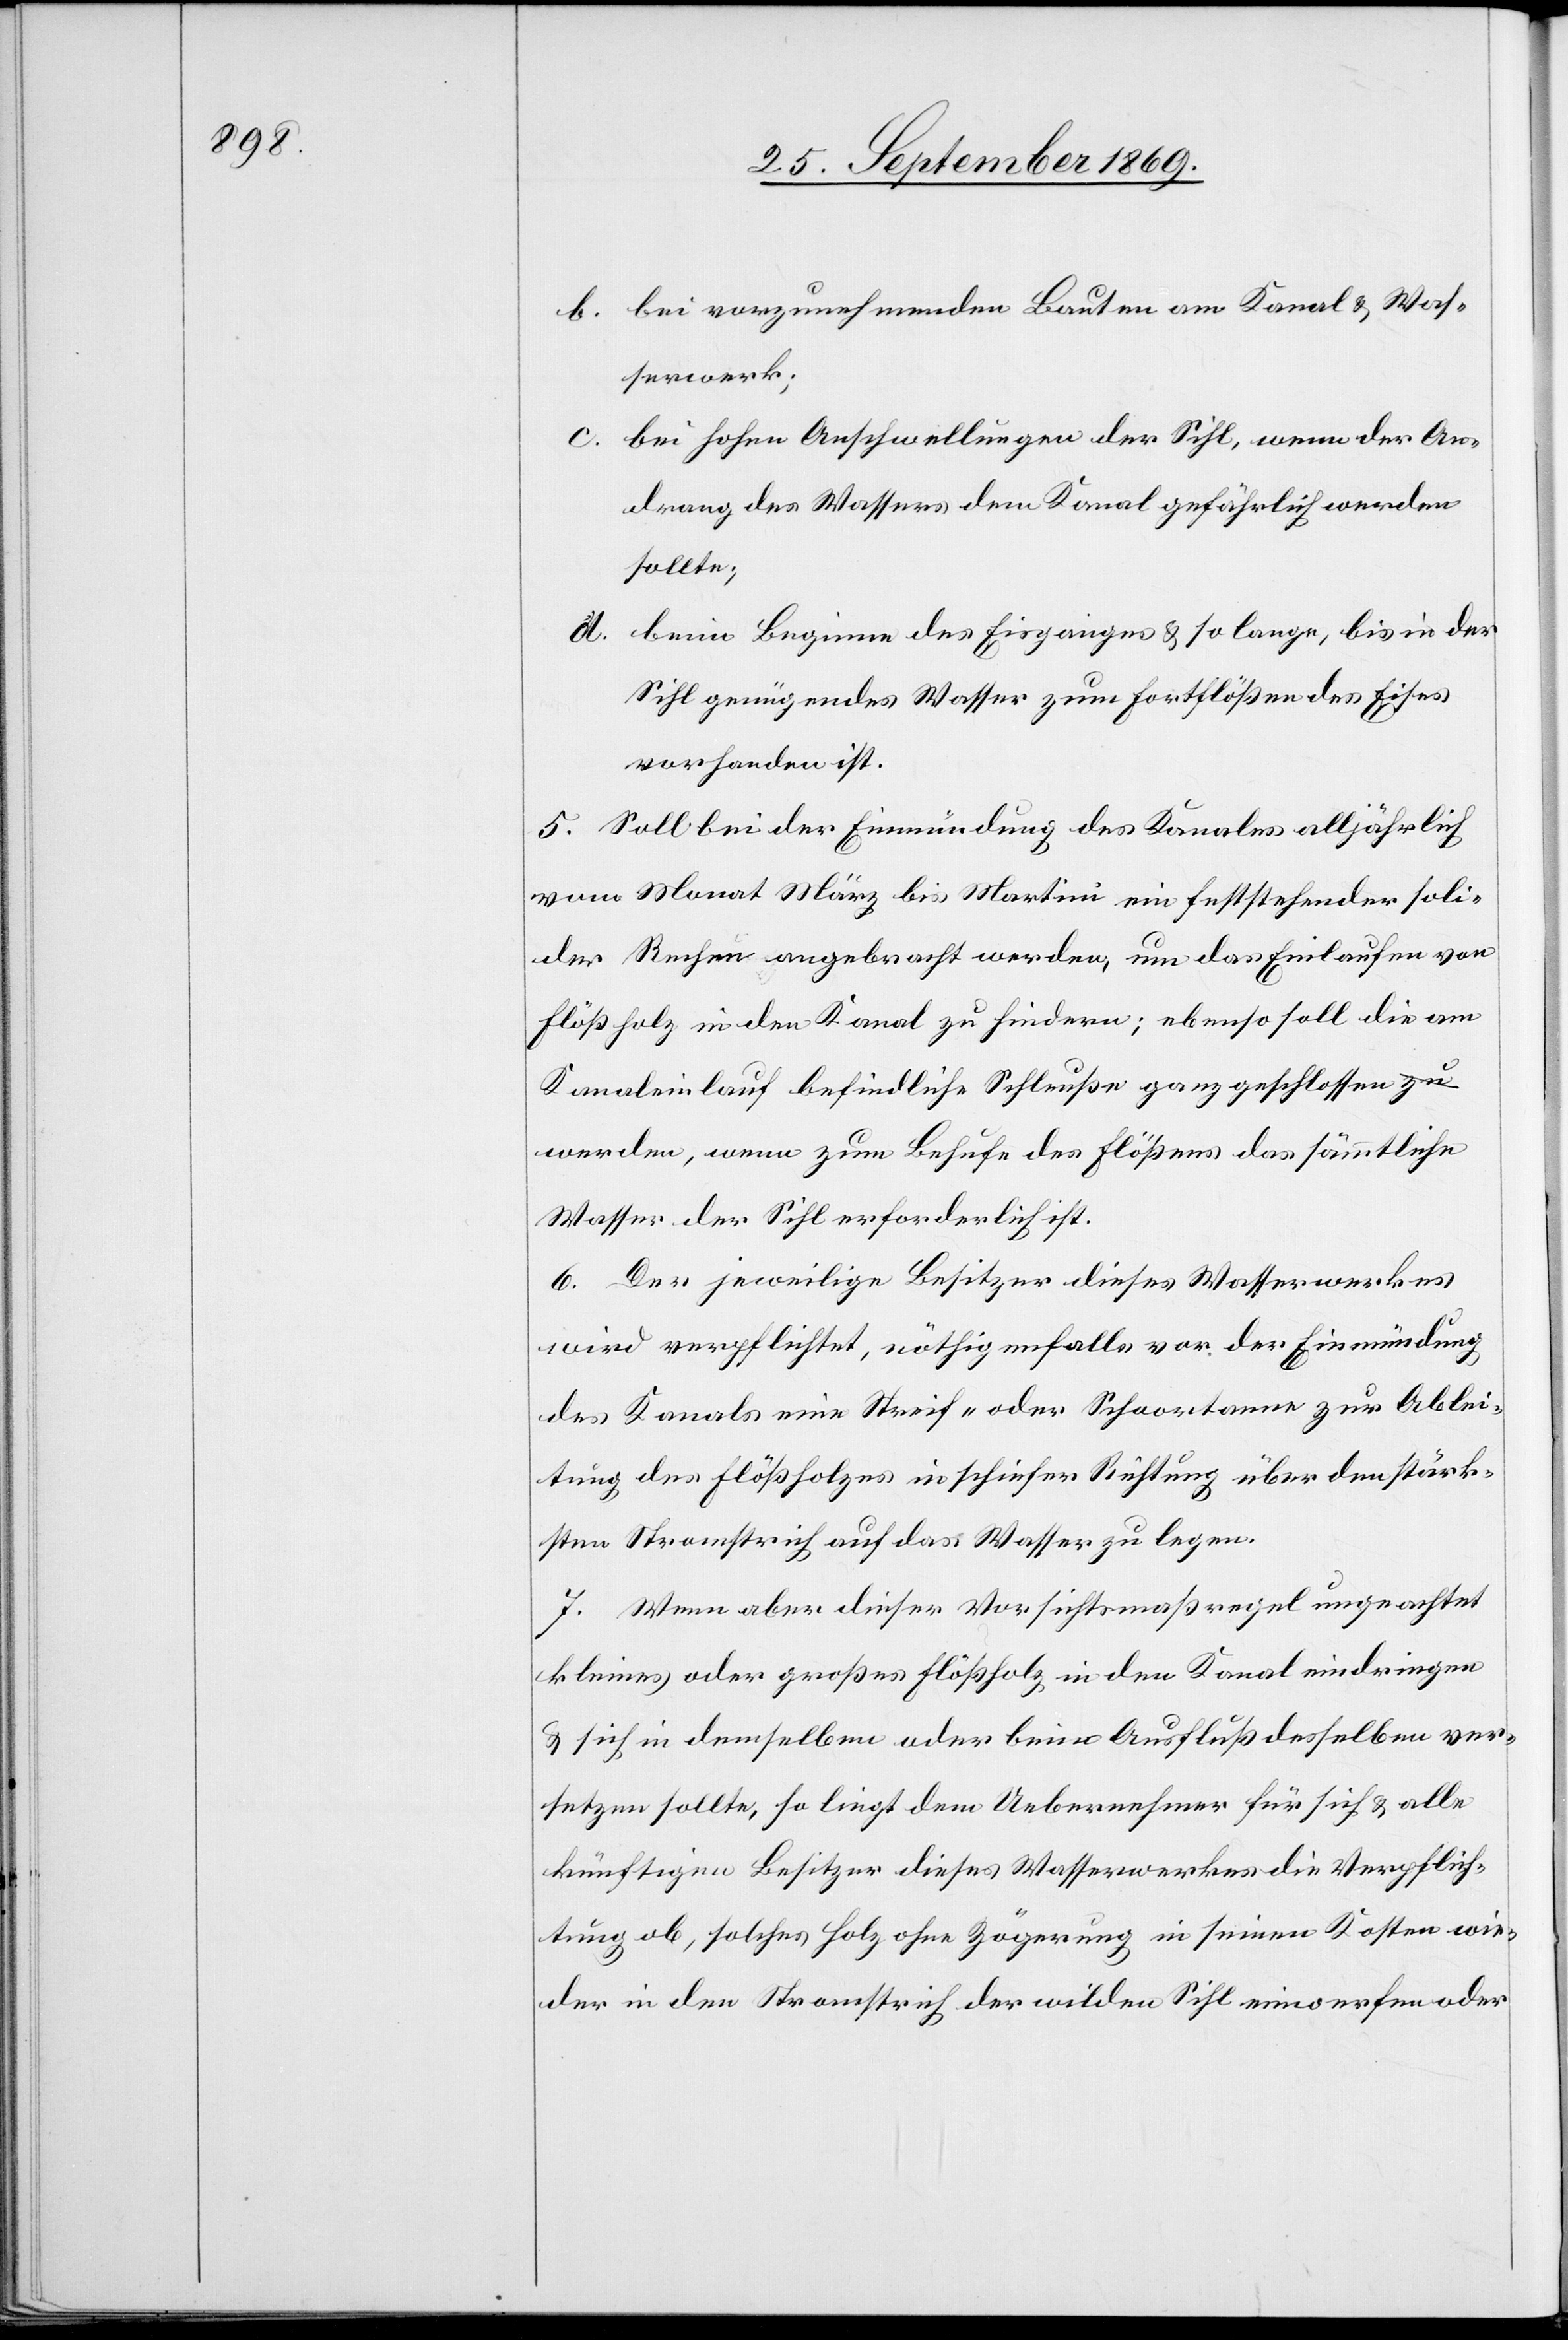
b. bei vorzunehmenden Bauten am Kanal & Was¬
serwerk;
c. bei hohen Anschwellungen der Sihl, wenn der An¬
drang des Wasser dem Kanal gefährlich werden
sollte;
d. beim Beginne des Eisganges & so lange, bis in der
Sihl genügendes Wasser zum Fortflößen des Eises
vorhanden ist.
5. Soll bei der Einmündung des Kanales alljährlich
vom Monat März bis Martini ein feststehender soli¬
der Rechen angebracht werden, um das Einlaufen von
Flößholz in den Kanal zu hindern; ebenso soll die am
Kanaleinlauf befindliche Schleuße ganz geschlossen
werden, wenn zum Behufe des Flößens das sämmtliche
Wasser der Sihl erforderlich ist.
6. Der jeweilige Besitzer dieses Wasserwerkes
wird verpflichtet, nöthigenfalls vor der Einmündung
des Kanals eine Streif- oder Schoortanne zur Ablei¬
tung des Flößholzes in schiefer Richtung über den stärk¬
sten Stromstrich auf das Wasser zu legen.
7. Wenn aber dieser Vorsichtsmaßregel ungeachtet
kleines oder großes Flößholz in den Kanal eindringen
& sich in demselben oder beim Ausfluß desselben ver¬
setzen sollte, so liegt dem Uebernehmer für sich & alle
künftigen Besitzer dieses Wasserwerkes die Verpflich¬
tung ob, solches Holz ohne Zögerung in seinen Kosten wie¬
der in den Stromstrich der wilden Sihl einwerfen oder